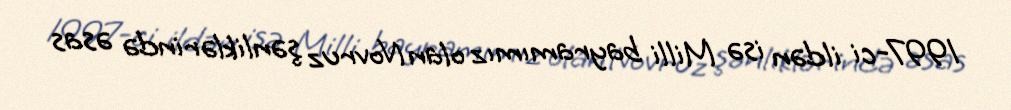
1997-ci ildən isə Milli bayramımız olan Novruz şənliklərində əsas